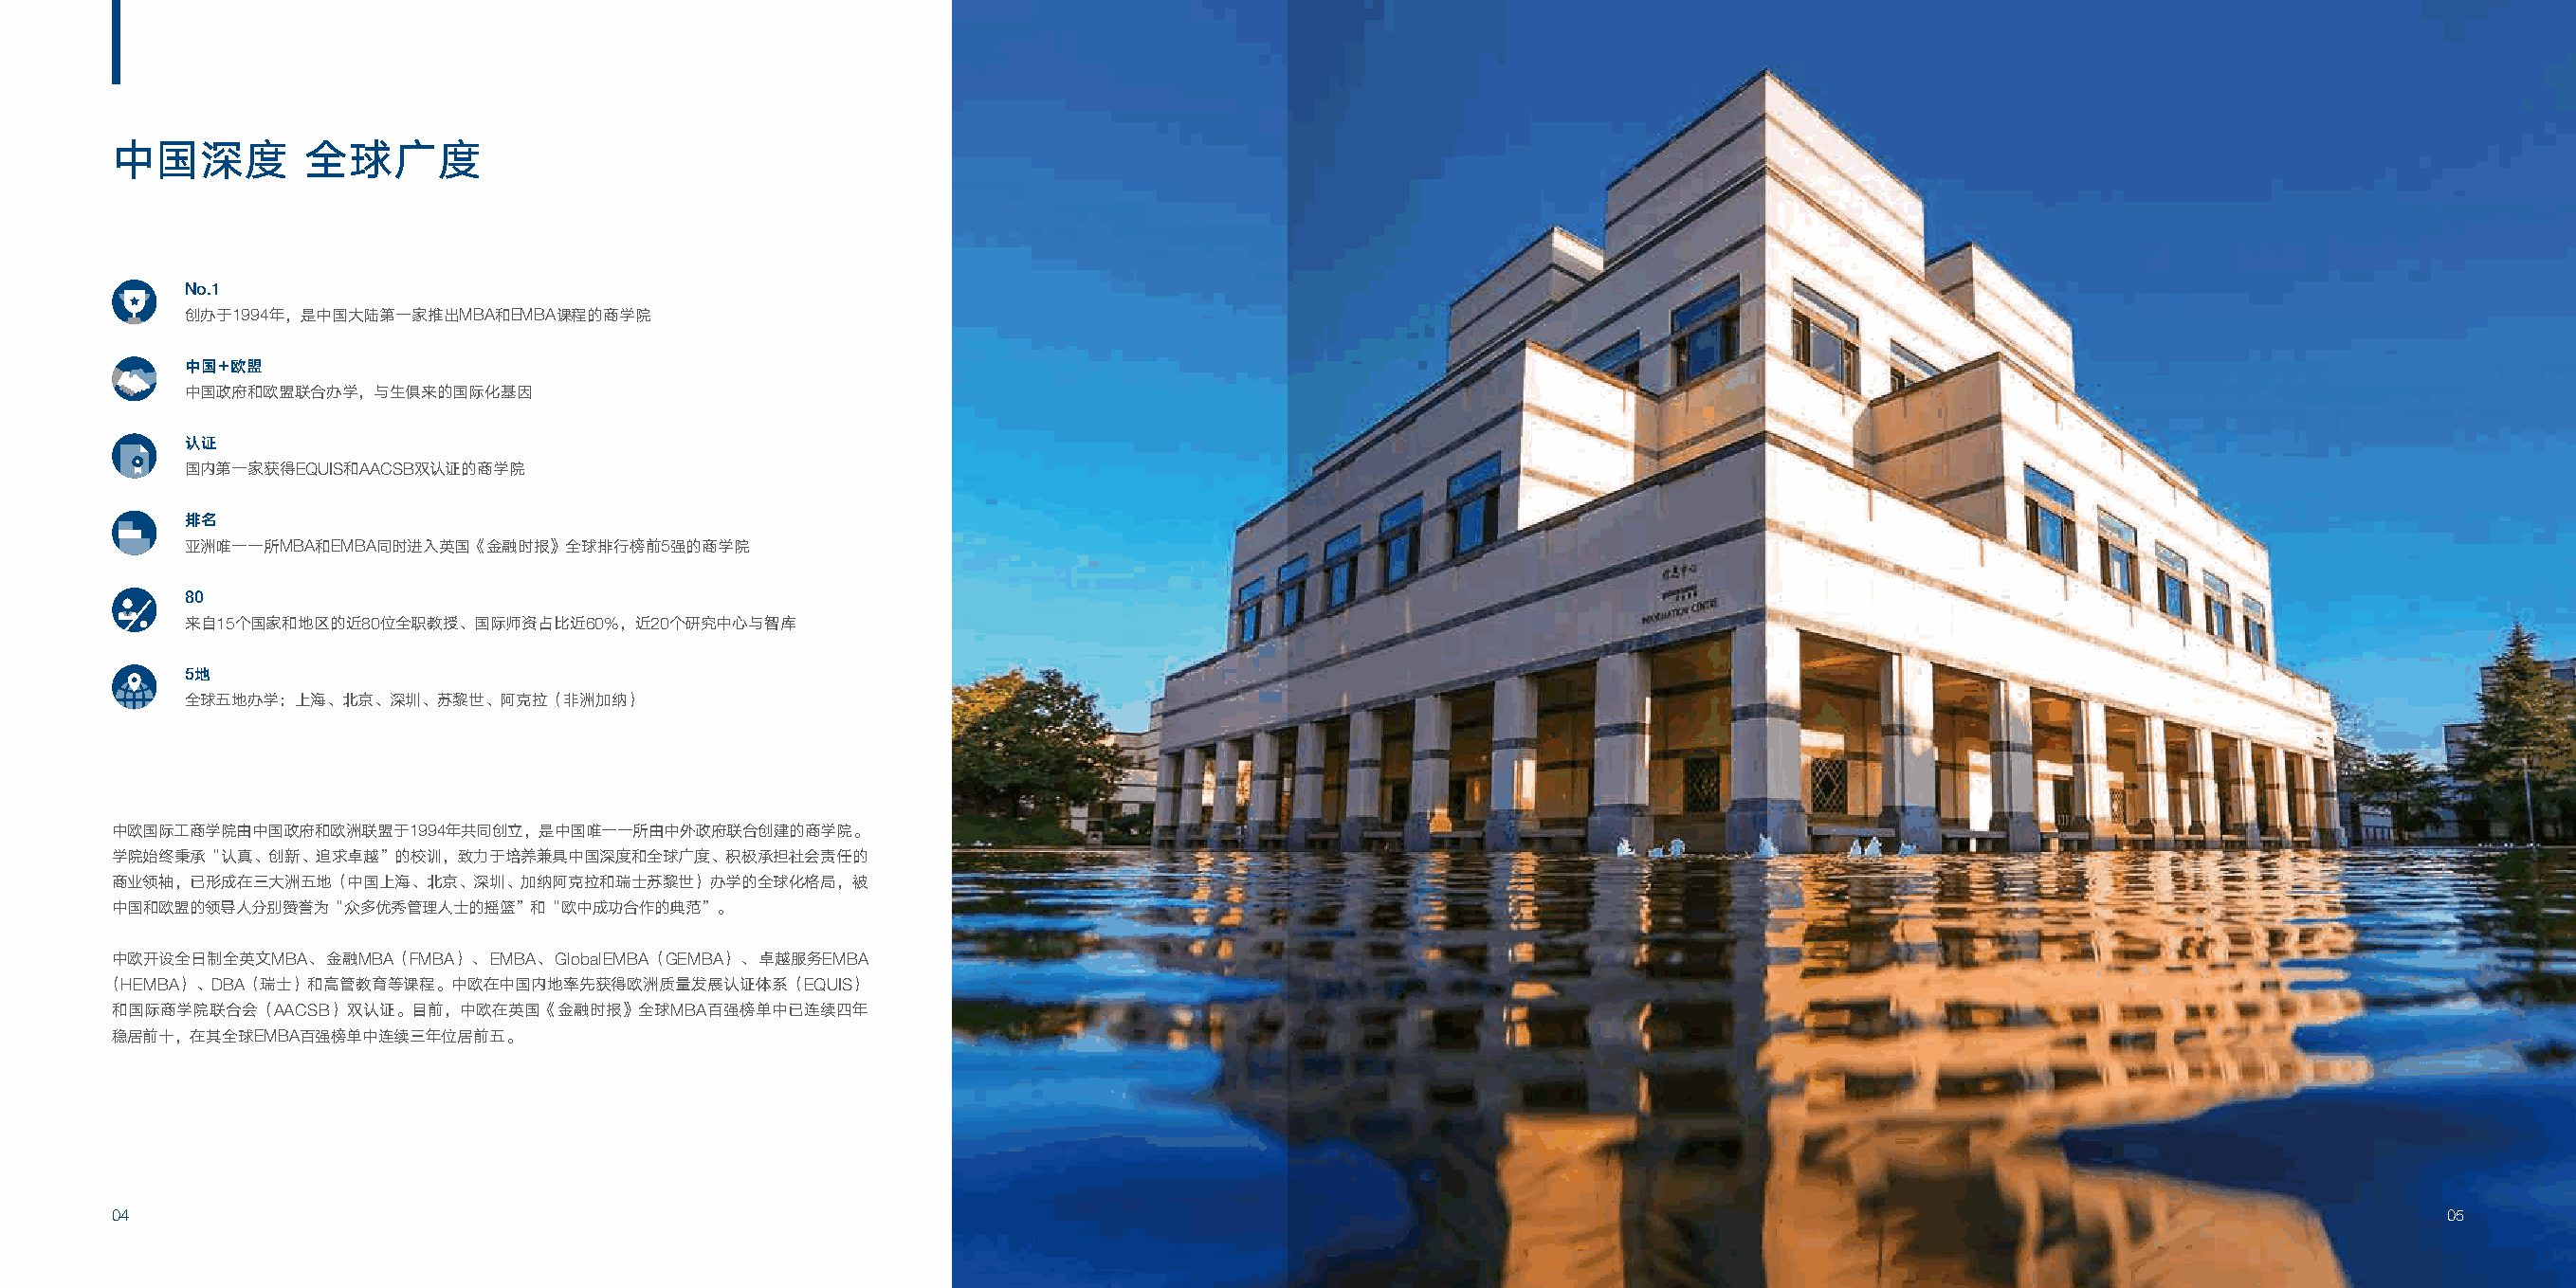
中国深度         全球广度
 No.1
 创办于1994年，是中国大陆第一家推出MBA和EMBA课程的商学院
 中国+欧盟
 中国政府和欧盟联合办学，与生俱来的国际化基因
 认证
 国内第一家获得EQUIS和AACSB双认证的商学院
 排名
 亚洲唯一一所MBA和EMBA同时进入英国《金融时报》全球排行榜前5强的商学院
 80
 来自15个国家和地区的近80位全职教授、国际师资占比近60%，近20个研究中心与智库
 5地
 全球五地办学：上海、北京、深圳、苏黎世、阿克拉（非洲加纳）
 中欧国际工商学院由中国政府和欧洲联盟于1994年共同创立，是中国唯一一所由中外政府联合创建的商学院。
 学院始终秉承“认真、创新、追求卓越”的校训，致力于培养兼具中国深度和全球广度、积极承担社会责任的
 商业领袖，已形成在三大洲五地（中国上海、北京、深圳、加纳阿克拉和瑞士苏黎世）办学的全球化格局，被
 中国和欧盟的领导人分别赞誉为“众多优秀管理人士的摇篮”和“欧中成功合作的典范”。
 中欧开设全日制全英文MBA、金融MBA（FMBA）、EMBA、Global EMBA（GEMBA）、卓越服务EMBA
 （HEMBA）、DBA（瑞士）和高管教育等课程。中欧在中国内地率先获得欧洲质量发展认证体系（EQUIS）
 和国际商学院联合会（AACSB）双认证。目前，中欧在英国《金融时报》全球MBA百强榜单中已连续四年
 稳居前十，在其全球EMBA百强榜单中连续三年位居前五。
 04                                                                                                                                                                 05